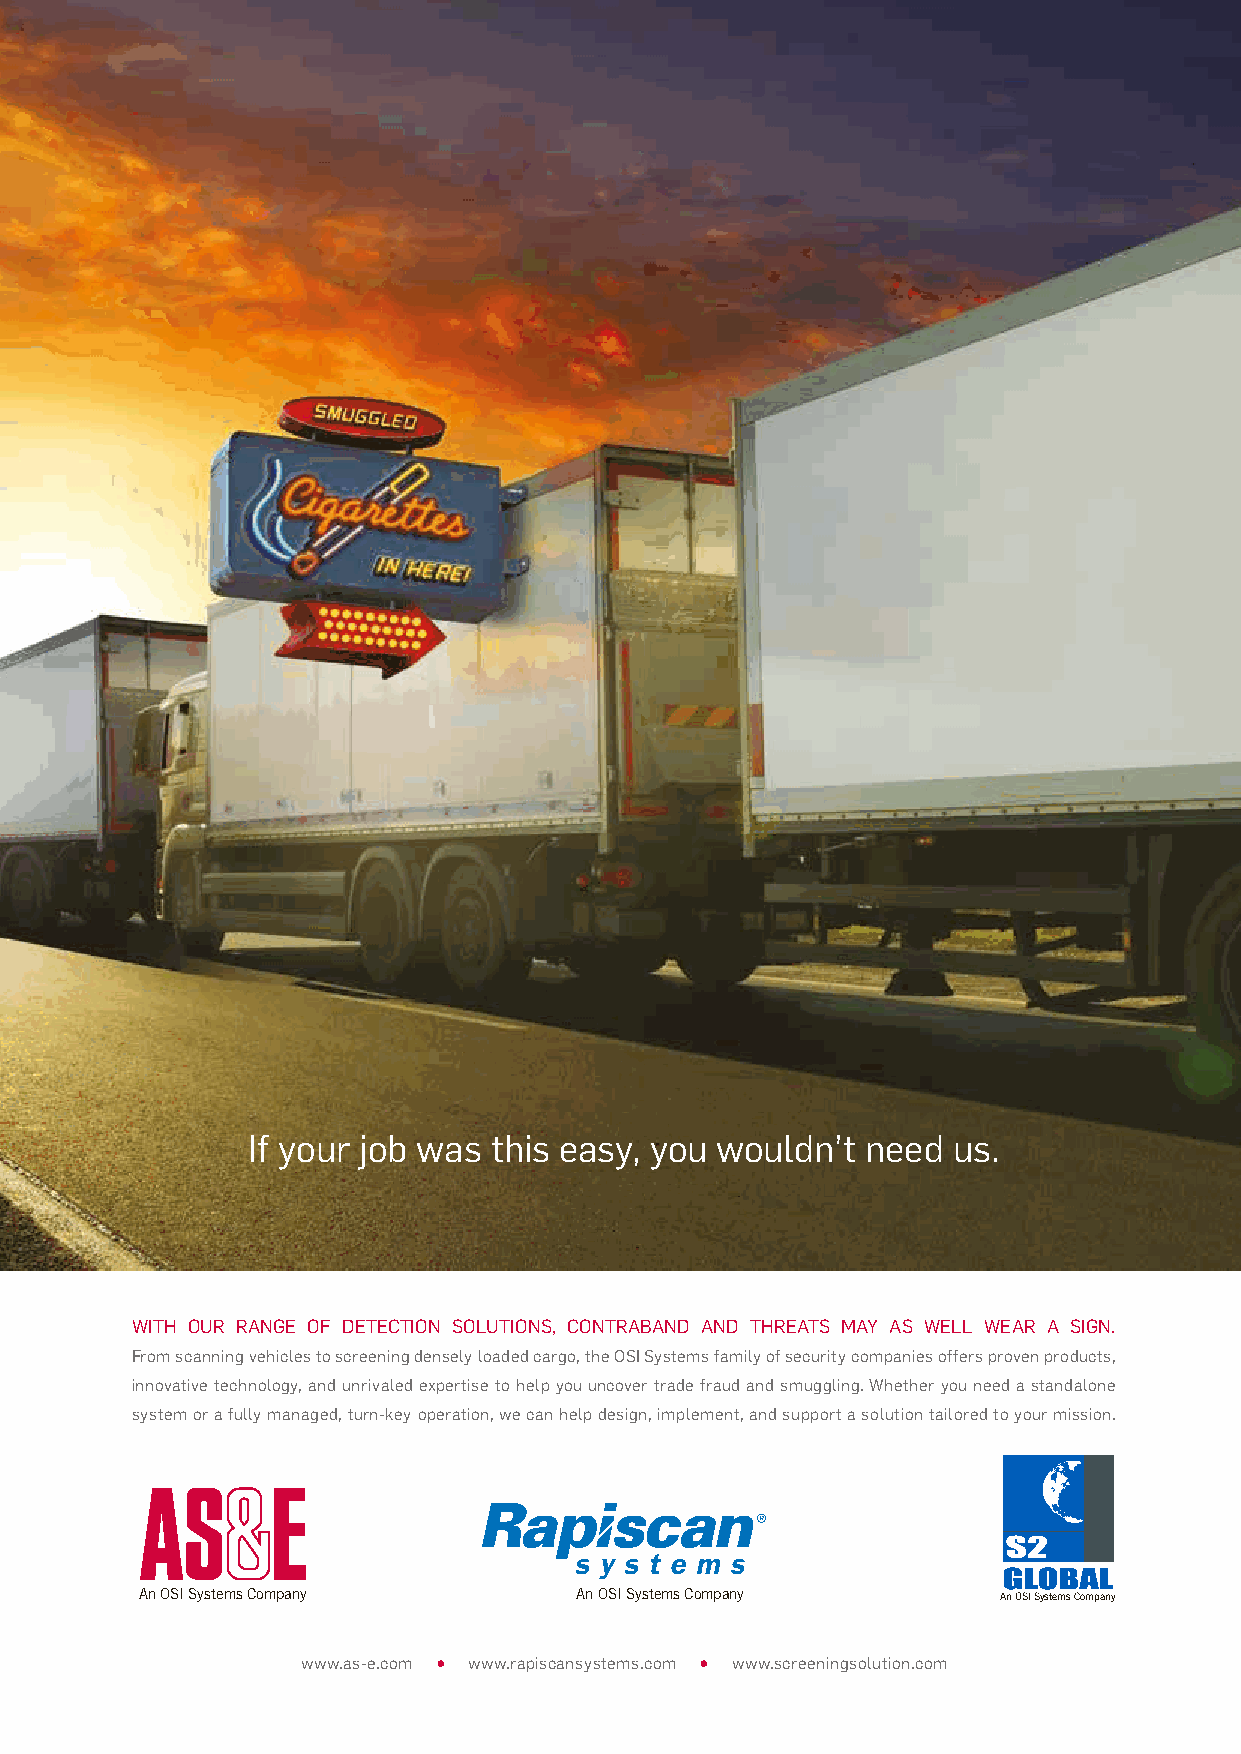
If your job was this easy, you wouldn’t  need  us.
 WITH OUR RANGE OF DETECTION SOLUTIONS, CONTRABAND AND THREATS MAY AS WELL WEAR A SIGN.
 From scanning vehicles to screening densely loaded cargo, the OSI Systems family of security companies offers proven products,
 innovative technology, and unrivaled expertise to help you uncover trade fraud and smuggling. Whether you need a standalone
 system or a fully managed, turn-key operation, we can help design, implement, and support a solution tailored to your mission.
 An OSI Systems Company       An OSI Systems Company      An OSI Systems Company
 www.as-e.com • www.rapiscansystems.com • www.screeningsolution.com